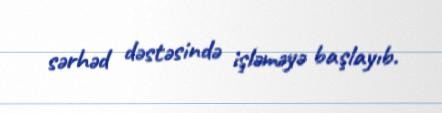
sərhəd dəstəsində işləməyə başlayıb.